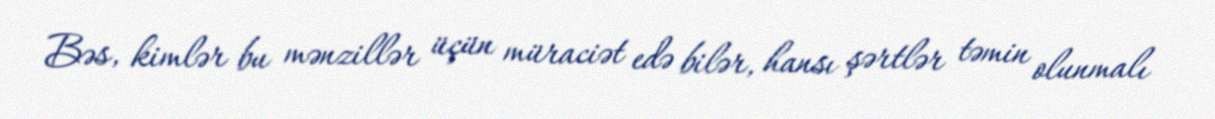
Bəs, kimlər bu mənzillər üçün müraciət edə bilər, hansı şərtlər təmin olunmalı